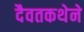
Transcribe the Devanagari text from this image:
दैवतकथेने